Scottish Leaving Certificate Examination, 1952
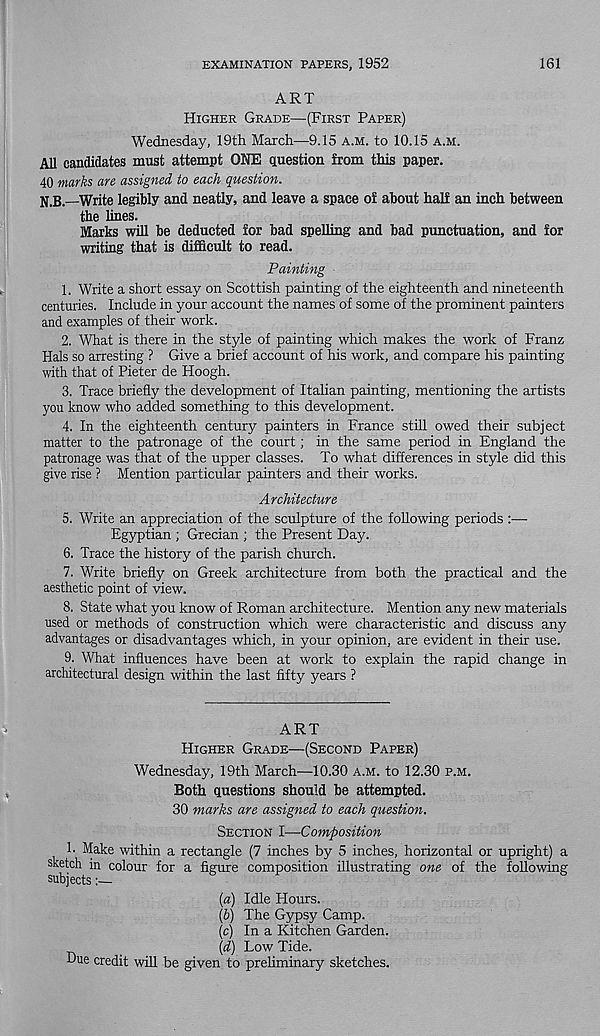
EXAMINATION PAPERS, 1952
161
ART
Higher Grade—(First Paper)
Wednesday, 19th March—9.15 a.m. to 10.15 a.m.
All candidates must attempt ONE Question from this paper.
40 marks are assigned to each question.
N.b.—Write legibly and neatly, and leave a space of about half an inch between
the lines.
Marks will be deducted for bad spelling and bad punctuation, and for
writing that is difficult to read.
Painting
1. Write a short essay on Scottish painting of the eighteenth and nineteenth
centuries. Include in your account the names of some of the prominent painters
and examples of their work.
2. What is there in the style of painting which makes the work of Franz
Hals so arresting ? Give a brief account of his work, and compare his painting
with that of Pieter de Hoogh.
3. Trace briefly the development of Italian painting, mentioning the artists
you know who added something to this development.
4. In the eighteenth century painters in France still owed their subject
matter to the patronage of the court; in the same period in England the
patronage was that of the upper classes. To what differences in style did this
give rise ? Mention particular painters and their works.
Architecture
5. Write an appreciation of the sculpture of the following periods :—
Egyptian ; Grecian ; the Present Day.
6. Trace the history of the parish church.
7. Write briefly on Greek architecture from both the practical and the
aesthetic point of view.
8. State what you know of Roman architecture. Mention any new materials
used or methods of construction which were characteristic and discuss any
advantages or disadvantages which, in your opinion, are evident in their use.
9. What influences have been at work to explain the rapid change in
architectural design within the last fifty years ?
ART
Higher Grade—(Second Paper)
Wednesday, 19th March—10.30 a.m. to 12.30 p.m.
Both questions should be attempted.
30 marks are assigned to each question.
Section I—Composition
!• Make within a rectangle (7 inches by 5 inches, horizontal or upright) a
sketch in colour for a figure composition illustrating one of the following
subjects:—
(а) Idle Hours.
(б) The Gypsy Camp.
(c) In a Kitchen Garden.
\d) Low Tide.
Due credit will be given to preliminary sketches.